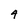
Character: 4